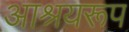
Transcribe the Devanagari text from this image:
आश्रयरूप